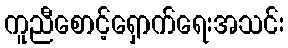
ကူညီစောင့်ရှောက်ရေးအသင်း